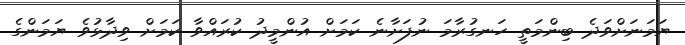
ޔަމަނަށްވަދެ ބިންމަތީ ހަނގުރާމަ ނުފަށާނެ ކަމަށް އުންމީދު ކުރައްވާ ކަމަށް ވިދާޅުވެ ޔަމަންގެ